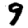
Digit: 9